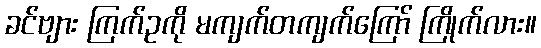
ခင်ဗျား ကြက်ဥကို မကျက်တကျက်ကြော် ကြိုက်လား။